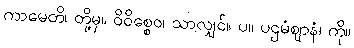
ကာမေတိ၊ တို့မှ။ ဝိဝိစ္စေဝ၊ သာလျှင်။ ပ။ ပဌမံဈာနံ၊ ကို။